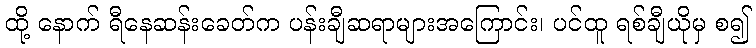
ထို့ နောက် ရီနေဆန်းခေတ်က ပန်းချီဆရာများအကြောင်း၊ ပင်ထူ ရစ်ချီယိုမှ စ၍